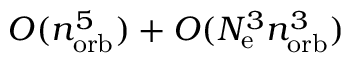
{ \cal O } ( n _ { \mathrm { o r b } } ^ { 5 } ) + { \cal O } ( N _ { \mathrm { e } } ^ { 3 } n _ { \mathrm { o r b } } ^ { 3 } )